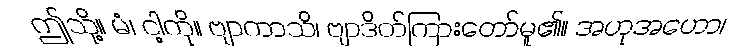
ဤသို့။ မံ၊ ငါ့ကို။ ဗျာကာသိ၊ ဗျာဒိတ်ကြားတော်မူ၏။ အဟုအဟော၊